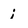
Character: i